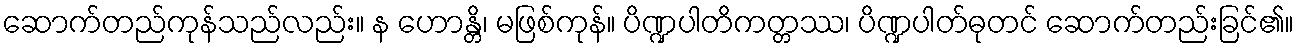
ဆောက်တည်ကုန်သည်လည်း။ န ဟောန္တိ၊ မဖြစ်ကုန်။ ပိဏ္ဍပါတိကတ္တဿ၊ ပိဏ္ဍပါတ်ဓုတင် ဆောက်တည်းခြင်၏။